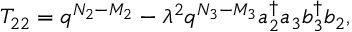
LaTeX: T _ { 2 2 } = q ^ { N _ { 2 } - M _ { 2 } } - \lambda ^ { 2 } q ^ { N _ { 3 } - M _ { 3 } } a _ { 2 } ^ { \dag } a _ { 3 } b _ { 3 } ^ { \dag } b _ { 2 } ,